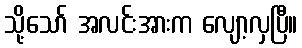
သို့သော် အလင်းအားက လျော့လှပြီ။